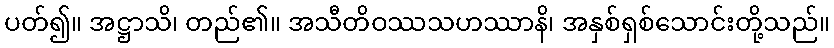
ပတ်၍။ အဋ္ဌာသိ၊ တည်၏။ အသီတိဝဿသဟဿာနိ၊ အနှစ်ရှစ်သောင်းတို့သည်။